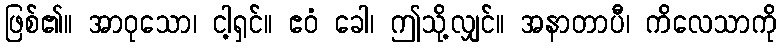
ဖြစ်၏။ အာဝုသော၊ ငါ့ရှင်။ ဧဝံ ခေါ၊ ဤသို့လျှင်။ အနာတာပီ၊ ကိလေသာကို